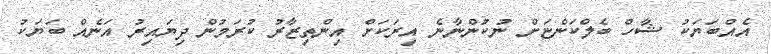
އެއްބަޔަކު ޝާހް ބެލްކަންޏަށް ނުކުންނާނެ އިރަކަށް އިންތިޒާރު ކުރަމުން ދިޔައިރު އަނެއް ބަޔަކު